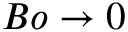
B o \to 0